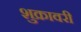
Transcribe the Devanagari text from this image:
शुक्रावरी